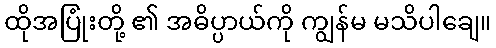
ထိုအပြုံးတို့ ၏ အဓိပ္ပာယ်ကို ကျွန်မ မသိပါချေ။